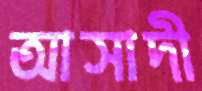
আসাদী